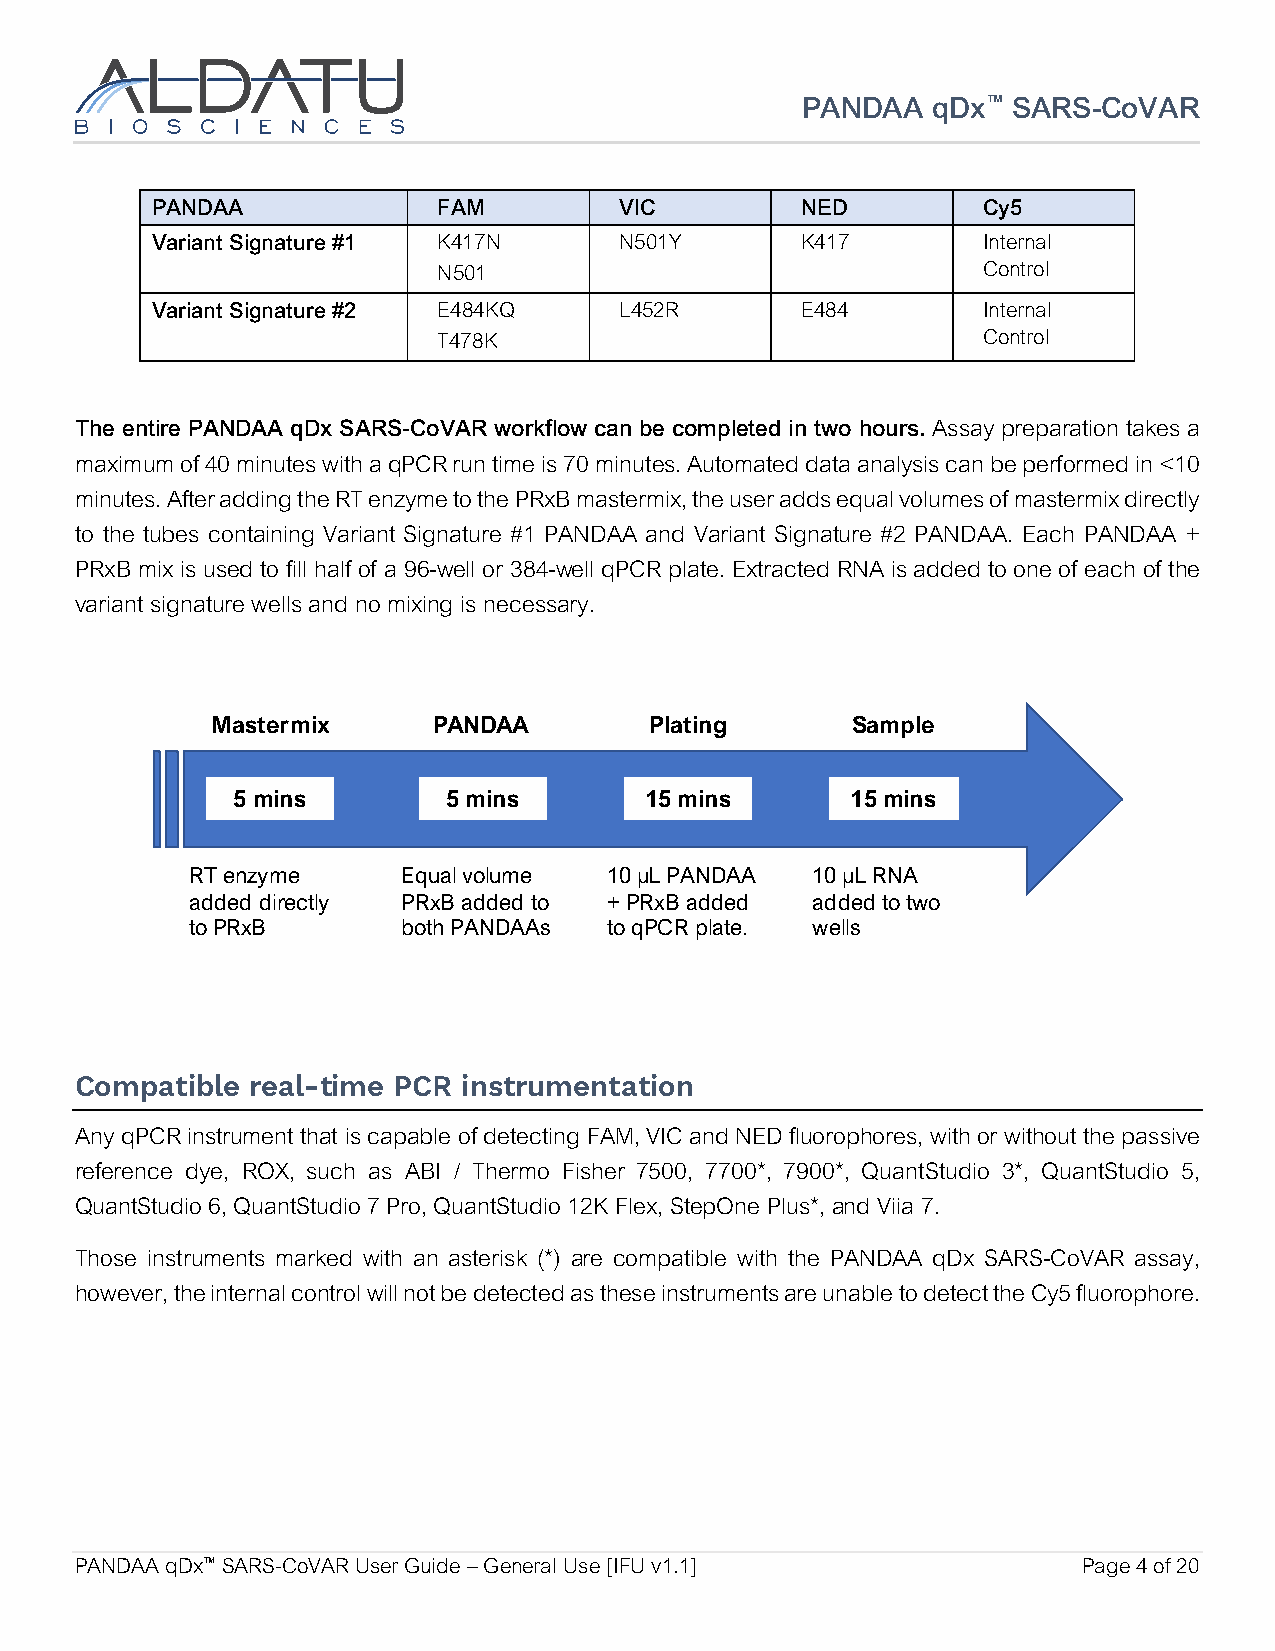
PANDAA   qDx™ SARS-CoVAR
 PANDAA             FAM         VIC         NED         Cy5
 Variant Signature #1 K417N     N501Y       K417        Internal
 N501                                Control
 Variant Signature #2 E484KQ    L452R       E484        Internal
 T478K                               Control
 The entire PANDAA qDx SARS-CoVAR workflow can be completed in two hours. Assay preparation takes a
 maximum of 40 minutes with a qPCR run time is 70 minutes. Automated data analysis can be performed in <10
 minutes. After adding the RT enzyme to the PRxB mastermix, the user adds equal volumes of mastermix directly
 to the tubes containing Variant Signature #1 PANDAA and Variant Signature #2 PANDAA. Each PANDAA +
 PRxB mix is used to fill half of a 96-well or 384-well qPCR plate. Extracted RNA is added to one of each of the
 variant signature wells and no mixing is necessary.
 Mastermix      PANDAA        Plating      Sample
 5 mins         5 mins       15 mins      15 mins
 RT enzyme     Equal volume 10 µL PANDAA  10 µL RNA
 added directly PRxB added to + PRxB added added to two
 to PRxB       both PANDAAs to qPCR plate. wells
 Compatible  real-time PCR instrumentation
 Any qPCR instrument that is capable of detecting FAM, VIC and NED fluorophores, with or without the passive
 reference dye, ROX, such as ABI / Thermo Fisher 7500, 7700*, 7900*, QuantStudio 3*, QuantStudio 5,
 QuantStudio 6, QuantStudio 7 Pro, QuantStudio 12K Flex, StepOne Plus*, and Viia 7.
 Those instruments marked with an asterisk (*) are compatible with the PANDAA qDx SARS-CoVAR assay,
 however, the internal control will not be detected as these instruments are unable to detect the Cy5 fluorophore.
 PANDAA qDx™ SARS-CoVAR User Guide – General Use [IFU v1.1]         Page 4 of 20